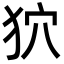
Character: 狖